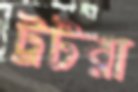
ট্রটরা